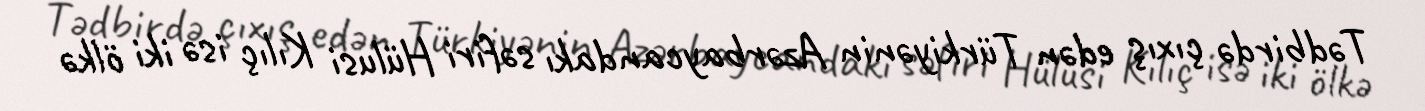
Tədbirdə çıxış edən Türkiyənin Azərbaycandakı səfiri Hülusi Kılıç isə iki ölkə